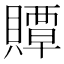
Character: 贉